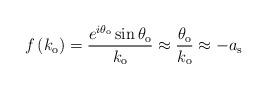
LaTeX: \begin{align*}f\left( k_{\mathrm{o}}\right) =\frac{e^{i\theta_{\mathrm{o}}}\sin\theta_{\mathrm{o}}}{k_{\mathrm{o}}}\approx\frac{\theta_{\mathrm{o}}}{k_{\mathrm{o}}}\approx-a_{\mathrm{s}} \end{align*}